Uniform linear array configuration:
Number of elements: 16
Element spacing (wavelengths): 0.25
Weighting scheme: hamming
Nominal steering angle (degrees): -15
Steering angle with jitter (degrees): -14.28
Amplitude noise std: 0.05
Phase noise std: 0.05

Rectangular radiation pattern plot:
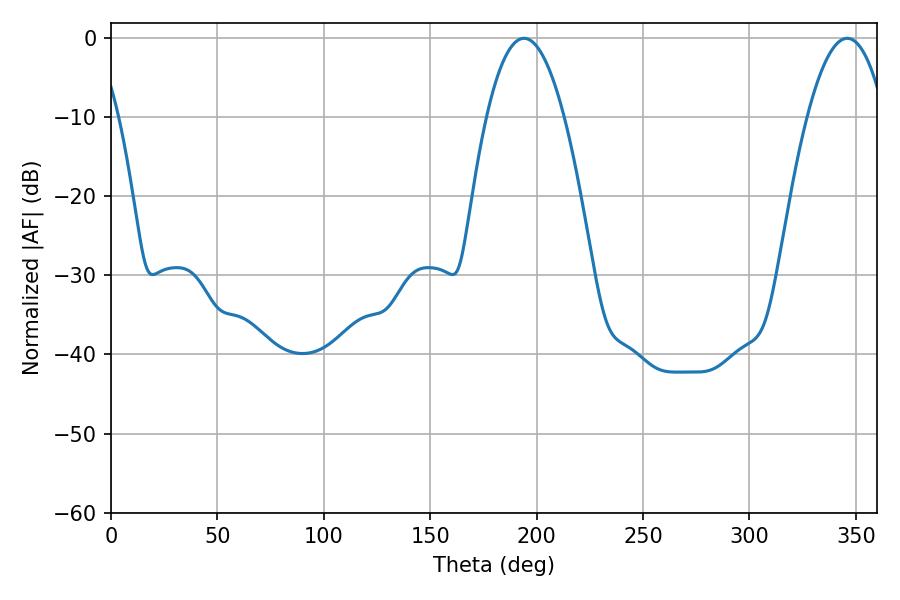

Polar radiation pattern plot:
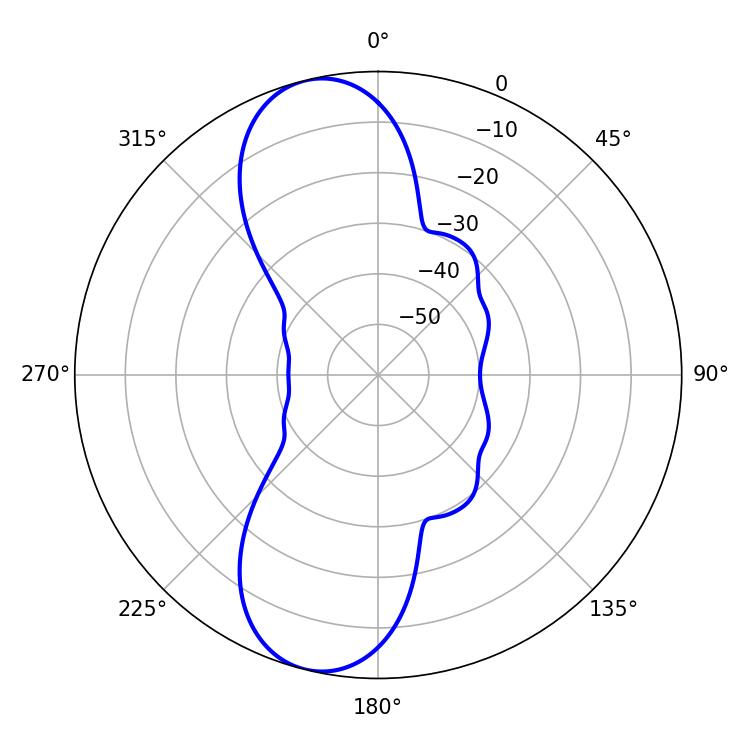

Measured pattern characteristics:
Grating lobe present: FALSE
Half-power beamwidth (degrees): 20.16
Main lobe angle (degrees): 345.96